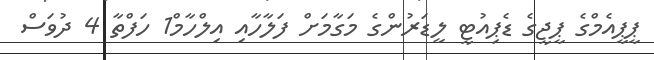
ޕީޕީއެމްގެ ޕީޖީގެ ޑެޕިއުޓީ ލީޑަރުންގެ މަގާމަށް ފަލާހާއި އިލްހާމް1 ހަފްތާ 4 ދުވަސް